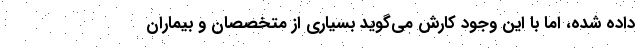
داده شده، اما با این وجود کارش می‌گوید بسیاری از متخصصان و بیماران